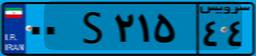
۹۰S۹۸۹۱۸